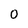
Character: 0